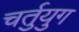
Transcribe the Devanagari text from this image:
चर्तुयुग